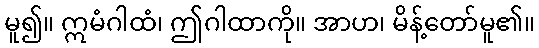
မူ၍။ ဣမံဂါထံ၊ ဤဂါထာကို။ အာဟ၊ မိန့်တော်မူ၏။